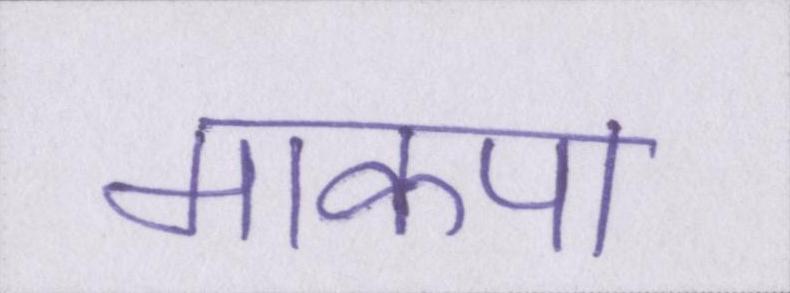
माकपा